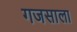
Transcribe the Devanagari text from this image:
गजसाला